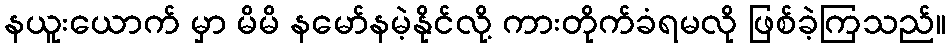
နယူးယောက် မှာ မိမိ နမော်နမဲ့နိုင်လို့ ကားတိုက်ခံရမလို ဖြစ်ခဲ့ကြသည်။